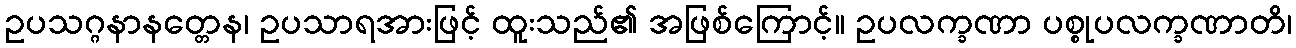
ဥပသဂ္ဂနာနတ္တေန၊ ဥပသာရအားဖြင့် ထူးသည်၏ အဖြစ်ကြောင့်။ ဥပလက္ခဏာ ပစ္စုပလက္ခဏာတိ၊